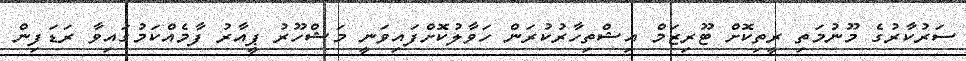
ސަރުކާރުގެ މޫނުމަތި ރީތިކޮށް ޓޫރިޒަމް އިޝްތިހާރުކުރަން ހަވާލުކޮށްފައިވަނީ މަޝްހޫރު ޕީއާރު ފާމެއްކަމުގައިވާ ރަޑަފިން